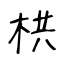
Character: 栱